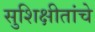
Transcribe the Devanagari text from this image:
सुशिक्षीतांचे